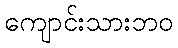
ကျောင်းသားဘဝ